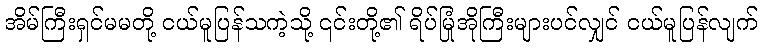
အိမ်ကြီးရှင်မမတို့ ငယ်မူပြန်သကဲ့သို့ ၎င်းတို့၏ ရိပ်မြုံအိုကြီးများပင်လျှင် ငယ်မူပြန်လျက်